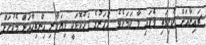
ޗައިނާއަށް ކުރިމަތި ވެފައި ވާ ކަމަށެވެ. އަހަރުގެ ފަހުކޮޅަކީ ވިޔަފާރި އިންތިހާއަށް މެކުހަށް